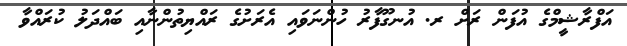
އަފްރާޝީމްގެ އުފަން ރަށް ރ. އުނގޫފާރު ހުންނަވައި އެރަށުގެ ރައްޔިތުންނާއި ބައްދަލު ކުރައްވާ